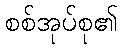
စစ်အုပ်စု၏